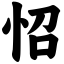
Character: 怊